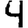
Digit: 4